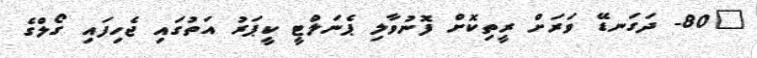
"80- ދަގަނޑޭ ވަރަށް ރީތިކޮށް ފޮނުވާލި ޕެނަލްޓީ ކީޕަރު އަތުގައި ޖެހިފައި ގޯލްގެ